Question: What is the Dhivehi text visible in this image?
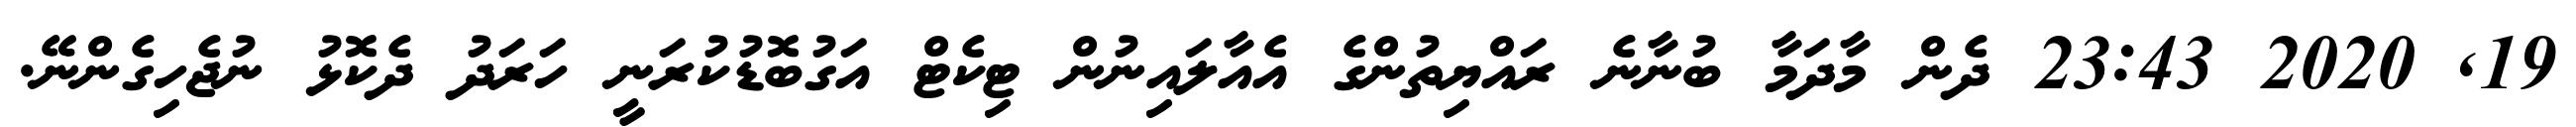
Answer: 19, 2020 23:43 ދެން މާދަމާ ބުނާނެ ރައްޔިތުންގެ އެއާލައިނުން ޓިކެޓް އަގުބޮޑުކުރަނީ ހަރަދު ދެކޮޅު ނުޖެހިގެންނޭ.